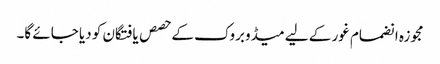
مجوزہ انضمام غور کے لیے میڈوبروک کے حصص یافتگان کو دیا جائے گا۔